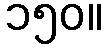
၁၅၀။